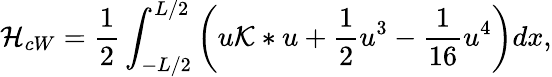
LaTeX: \mathcal{H}_{cW}=\frac{1}{2}\int_{-L/2}^{L/2}\left(u\mathcal{K}*u+\frac{1}{2}u^{3}-\frac{1}{16}u^{4}\right)dx,